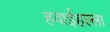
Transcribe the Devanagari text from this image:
हवाईहल्ला